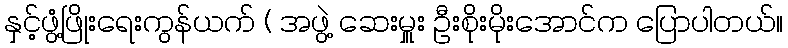
နှင့်ဖွံ့ဖြိုးရေးကွန်ယက် ( အဖွဲ့ ဆေးမှူး ဦးစိုးမိုးအောင်က ပြောပါတယ်။